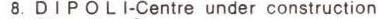
8. DIPOLI-Centre under construction